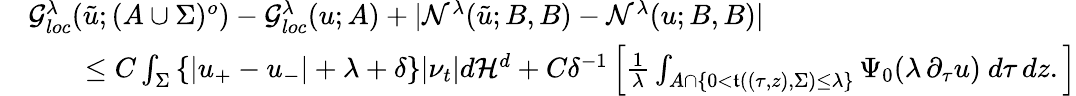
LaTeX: \begin{array}{rl}&{\mathcal{G}_{loc}^{\lambda}(\tilde{u};(A\cup\Sigma)^{o})-\mathcal{G}_{loc}^{\lambda}(u;A)+|\mathcal{N}^{\lambda}(\tilde{u};B,B)-\mathcal{N}^{\lambda}(u;B,B)|}\\ &{\quad\quad\leq C\int_{{\Sigma}}\left\{ |u_{+}-u_{-}|+\lambda+\delta\right\} |\nu_{t}|d\mathcal{H}^{d}+C\delta^{-1}\left[\frac{1}{\lambda}\int_{A\cap\{ 0<\mathfrak{t}((\tau,z),\Sigma)\leq\lambda\} }\Psi_{0}(\lambda\, \partial_{\tau}u)\ d\tau\, dz.\right]}\end{array}